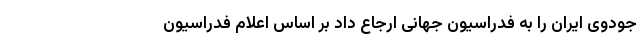
جودوی ایران را به فدراسیون جهانی ارجاع داد بر اساس اعلام فدراسیون